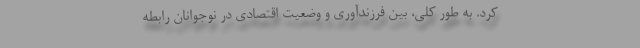
کرد. به طور کلی، بین فرزندآوری و وضعیت اقتصادی در نوجوانان رابطه